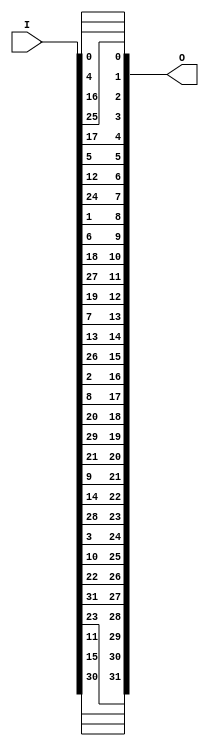
`timescale 1ns / 1ps

module Seg7Remap(
    input [31:0] I, output [31:0] O
);
    
    assign O[ 7: 0] = {I[24], I[12], I[5], I[17], I[25], I[16], I[4], I[0]};
    assign O[15: 8] = {I[26], I[13], I[7], I[19], I[27], I[18], I[6], I[1]};
    assign O[23:16] = {I[28], I[14], I[9], I[21], I[29], I[20], I[8], I[2]};
    assign O[31:24] = {I[30], I[15], I[11],I[23], I[31], I[22], I[10],I[3]};
    
endmodule